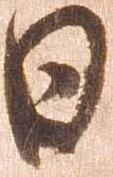
日